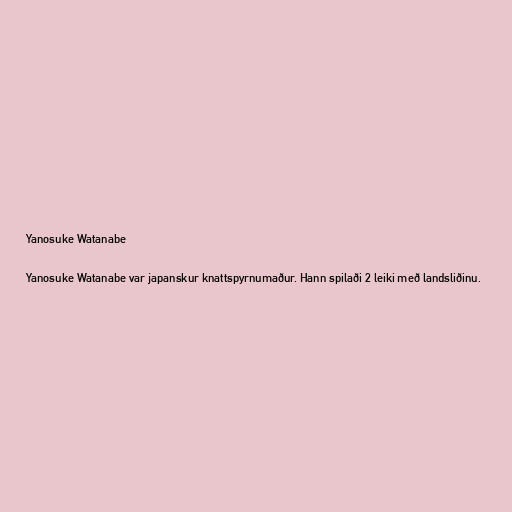
Yanosuke Watanabe

Yanosuke Watanabe var japanskur knattspyrnumaður. Hann spilaði 2 leiki með landsliðinu.